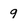
Character: 9